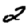
Digit: 2